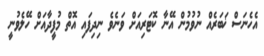
އެހެނަސް ޚަބަރެއް ނުވުމުން އޭނާ ކޮޓަރިއަށް ވަނެވެ ނިދިފައި އޮތް މުފީދާއަށް ހޭލެވުނީ